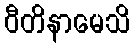
ဝီတိနာမေသိ